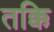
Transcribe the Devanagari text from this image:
तक्कि